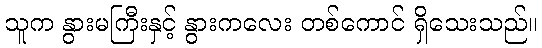
သူက နွားမကြီးနှင့် နွားကလေး တစ်ကောင် ရှိသေးသည်။